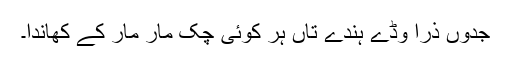
جدوں ذرا وڈے ہُندے تاں ہر کوئی چک مار مار کے کھاندا۔